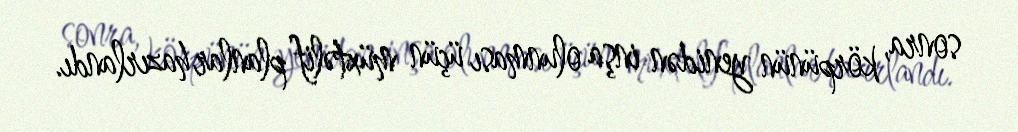
sonra, körpünün yenidən inşa olunması üçün müxtəlif planlar hazırlandı.